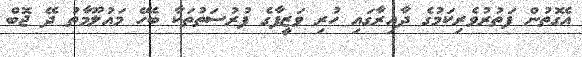
އެގޮތުން ފަތުރުވެރިކަމުގެ ދާއިރާގައި ހުރި ވަޒީފާގެ ފުރުސަތުތަކާ ބެހޭ މައުލޫމާތު ދޭ ޖޮބް